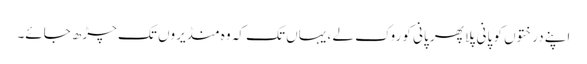
اپنے درختوں کو پانی پلا پھر پانی کو روک لے ، یہاں تک کہ وہ منڈیروں تک چڑھ جائے۔